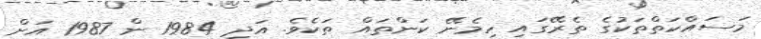
މަސައްކަތްތަކުގެ ތެރޭގައި ހިމެނޭ ކަންތައް ތަކެވެ. އަދި 1984 ން 1987 އަށް